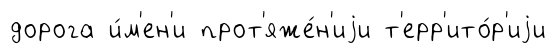
дорога и́м'ен'и прот'яже́н'иjи т'ерр'ито́р'иjи